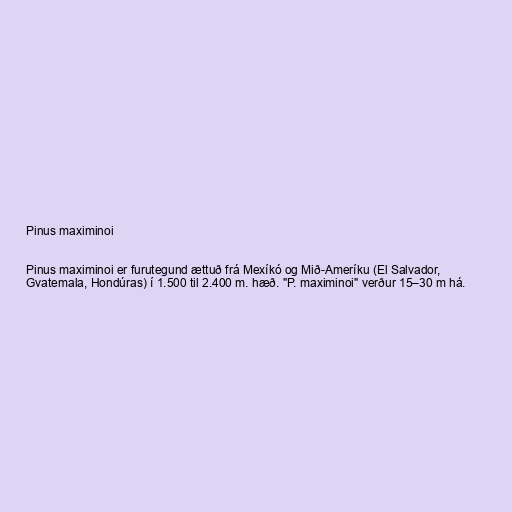
Pinus maximinoi

Pinus maximinoi er furutegund ættuð frá Mexíkó og Mið-Ameríku (El Salvador,
Gvatemala, Hondúras) í 1.500 til 2.400 m. hæð. "P. maximinoi" verður 15–30 m há.